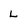
Character: L